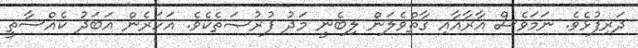
ދަރިފުޅެވެ. ނަމަވެސް އާރާއާއި ގާތްވެލަން ލިބެނީ މަދު ފުރުޞަތެކެވެ. އަހަރެން އަބަދު ކެއްސާތީ